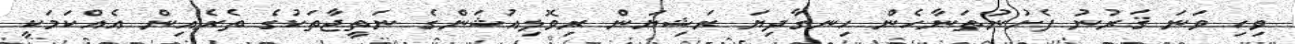
ވިހި ވަނަ ޤަރުނު ފެށުނުތަނާހެން ހިނގާދިޔަ ރަޝިޔަން ރިވޮލިއުޝަންގެ ނަތީޖާތަކުގެ ތެރެއިން އެއްކަމަކީ